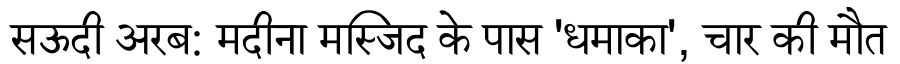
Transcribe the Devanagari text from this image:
सऊदी अरब: मदीना मस्जिद के पास 'धमाका', चार की मौत